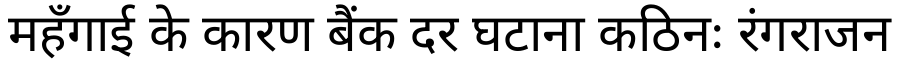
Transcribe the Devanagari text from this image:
महँगाई के कारण बैंक दर घटाना कठिनः रंगराजन